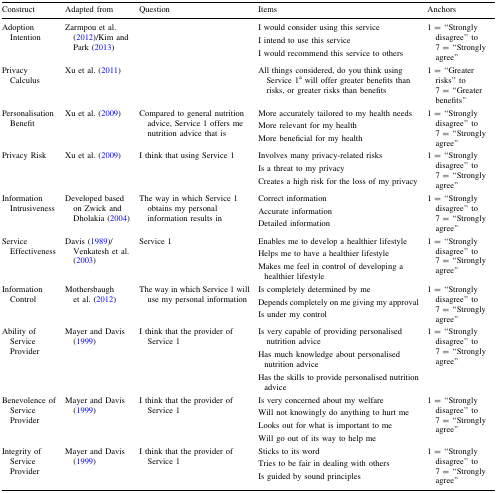
<table><thead><tr><td><b>Construct</b></td><td><b>Adapted from</b></td><td><b>Question</b></td><td><b>Items</b></td><td><b>Anchors</b></td></tr></thead><tbody><tr><td>Adoption Intention</td><td>Zarmpou et al. (2012)/Kim and Park (2013)</td><td></td><td>I would consider using this serviceI intend to use this serviceI would recommend this service to others</td><td>1 = “Strongly disagree” to 7 = “Strongly agree”</td></tr><tr><td>Privacy Calculus</td><td>Xu et al. (2011)</td><td></td><td>All things considered, do you think using Service 1<sup>a</sup> will offer greater benefits than risks, or greater risks than benefits</td><td>1 = “Greater risks” to 7 = “Greater benefits”</td></tr><tr><td>Personalisation Benefit</td><td>Xu et al. (2009)</td><td>Compared to general nutrition advice, Service 1 offers me nutrition advice that is</td><td>More accurately tailored to my health needsMore relevant for my healthMore beneficial for my health</td><td>1 = “Strongly disagree” to 7 = “Strongly agree”</td></tr><tr><td>Privacy Risk</td><td>Xu et al. (2009)</td><td>I think that using Service 1</td><td>Involves many privacy-related risksIs a threat to my privacyCreates a high risk for the loss of my privacy</td><td>1 = “Strongly disagree” to 7 = “Strongly agree”</td></tr><tr><td>Information Intrusiveness</td><td>Developed based on Zwick and Dholakia (2004)</td><td>The way in which Service 1 obtains my personal information results in</td><td>Correct informationAccurate informationDetailed information</td><td>1 = “Strongly disagree” to 7 = “Strongly agree”</td></tr><tr><td>Service Effectiveness</td><td>Davis (1989)/Venkatesh et al. (2003)</td><td>Service 1</td><td>Enables me to develop a healthier lifestyleHelps me to have a healthier lifestyleMakes me feel in control of developing a healthier lifestyle</td><td>1 = “Strongly disagree” to 7 = “Strongly agree”</td></tr><tr><td>Information Control</td><td>Mothersbaugh et al. (2012)</td><td>The way in which Service 1 will use my personal information</td><td>Is completely determined by meDepends completely on me giving my approvalIs under my control</td><td>1 = “Strongly disagree” to 7 = “Strongly agree”</td></tr><tr><td>Ability of Service Provider</td><td>Mayer and Davis (1999)</td><td>I think that the provider of Service 1</td><td>Is very capable of providing personalised nutrition adviceHas much knowledge about personalised nutrition adviceHas the skills to provide personalised nutrition advice</td><td>1 = “Strongly disagree” to 7 = “Strongly agree”</td></tr><tr><td>Benevolence of Service Provider</td><td>Mayer and Davis (1999)</td><td>I think that the provider of Service 1</td><td>Is very concerned about my welfareWill not knowingly do anything to hurt meLooks out for what is important to meWill go out of its way to help me</td><td>1 = “Strongly disagree” to 7 = “Strongly agree”</td></tr><tr><td>Integrity of Service Provider</td><td>Mayer and Davis (1999)</td><td>I think that the provider of Service 1</td><td>Sticks to its wordTries to be fair in dealing with othersIs guided by sound principles</td><td>1 = “Strongly disagree” to 7 = “Strongly agree”</td></tr></tbody></table>